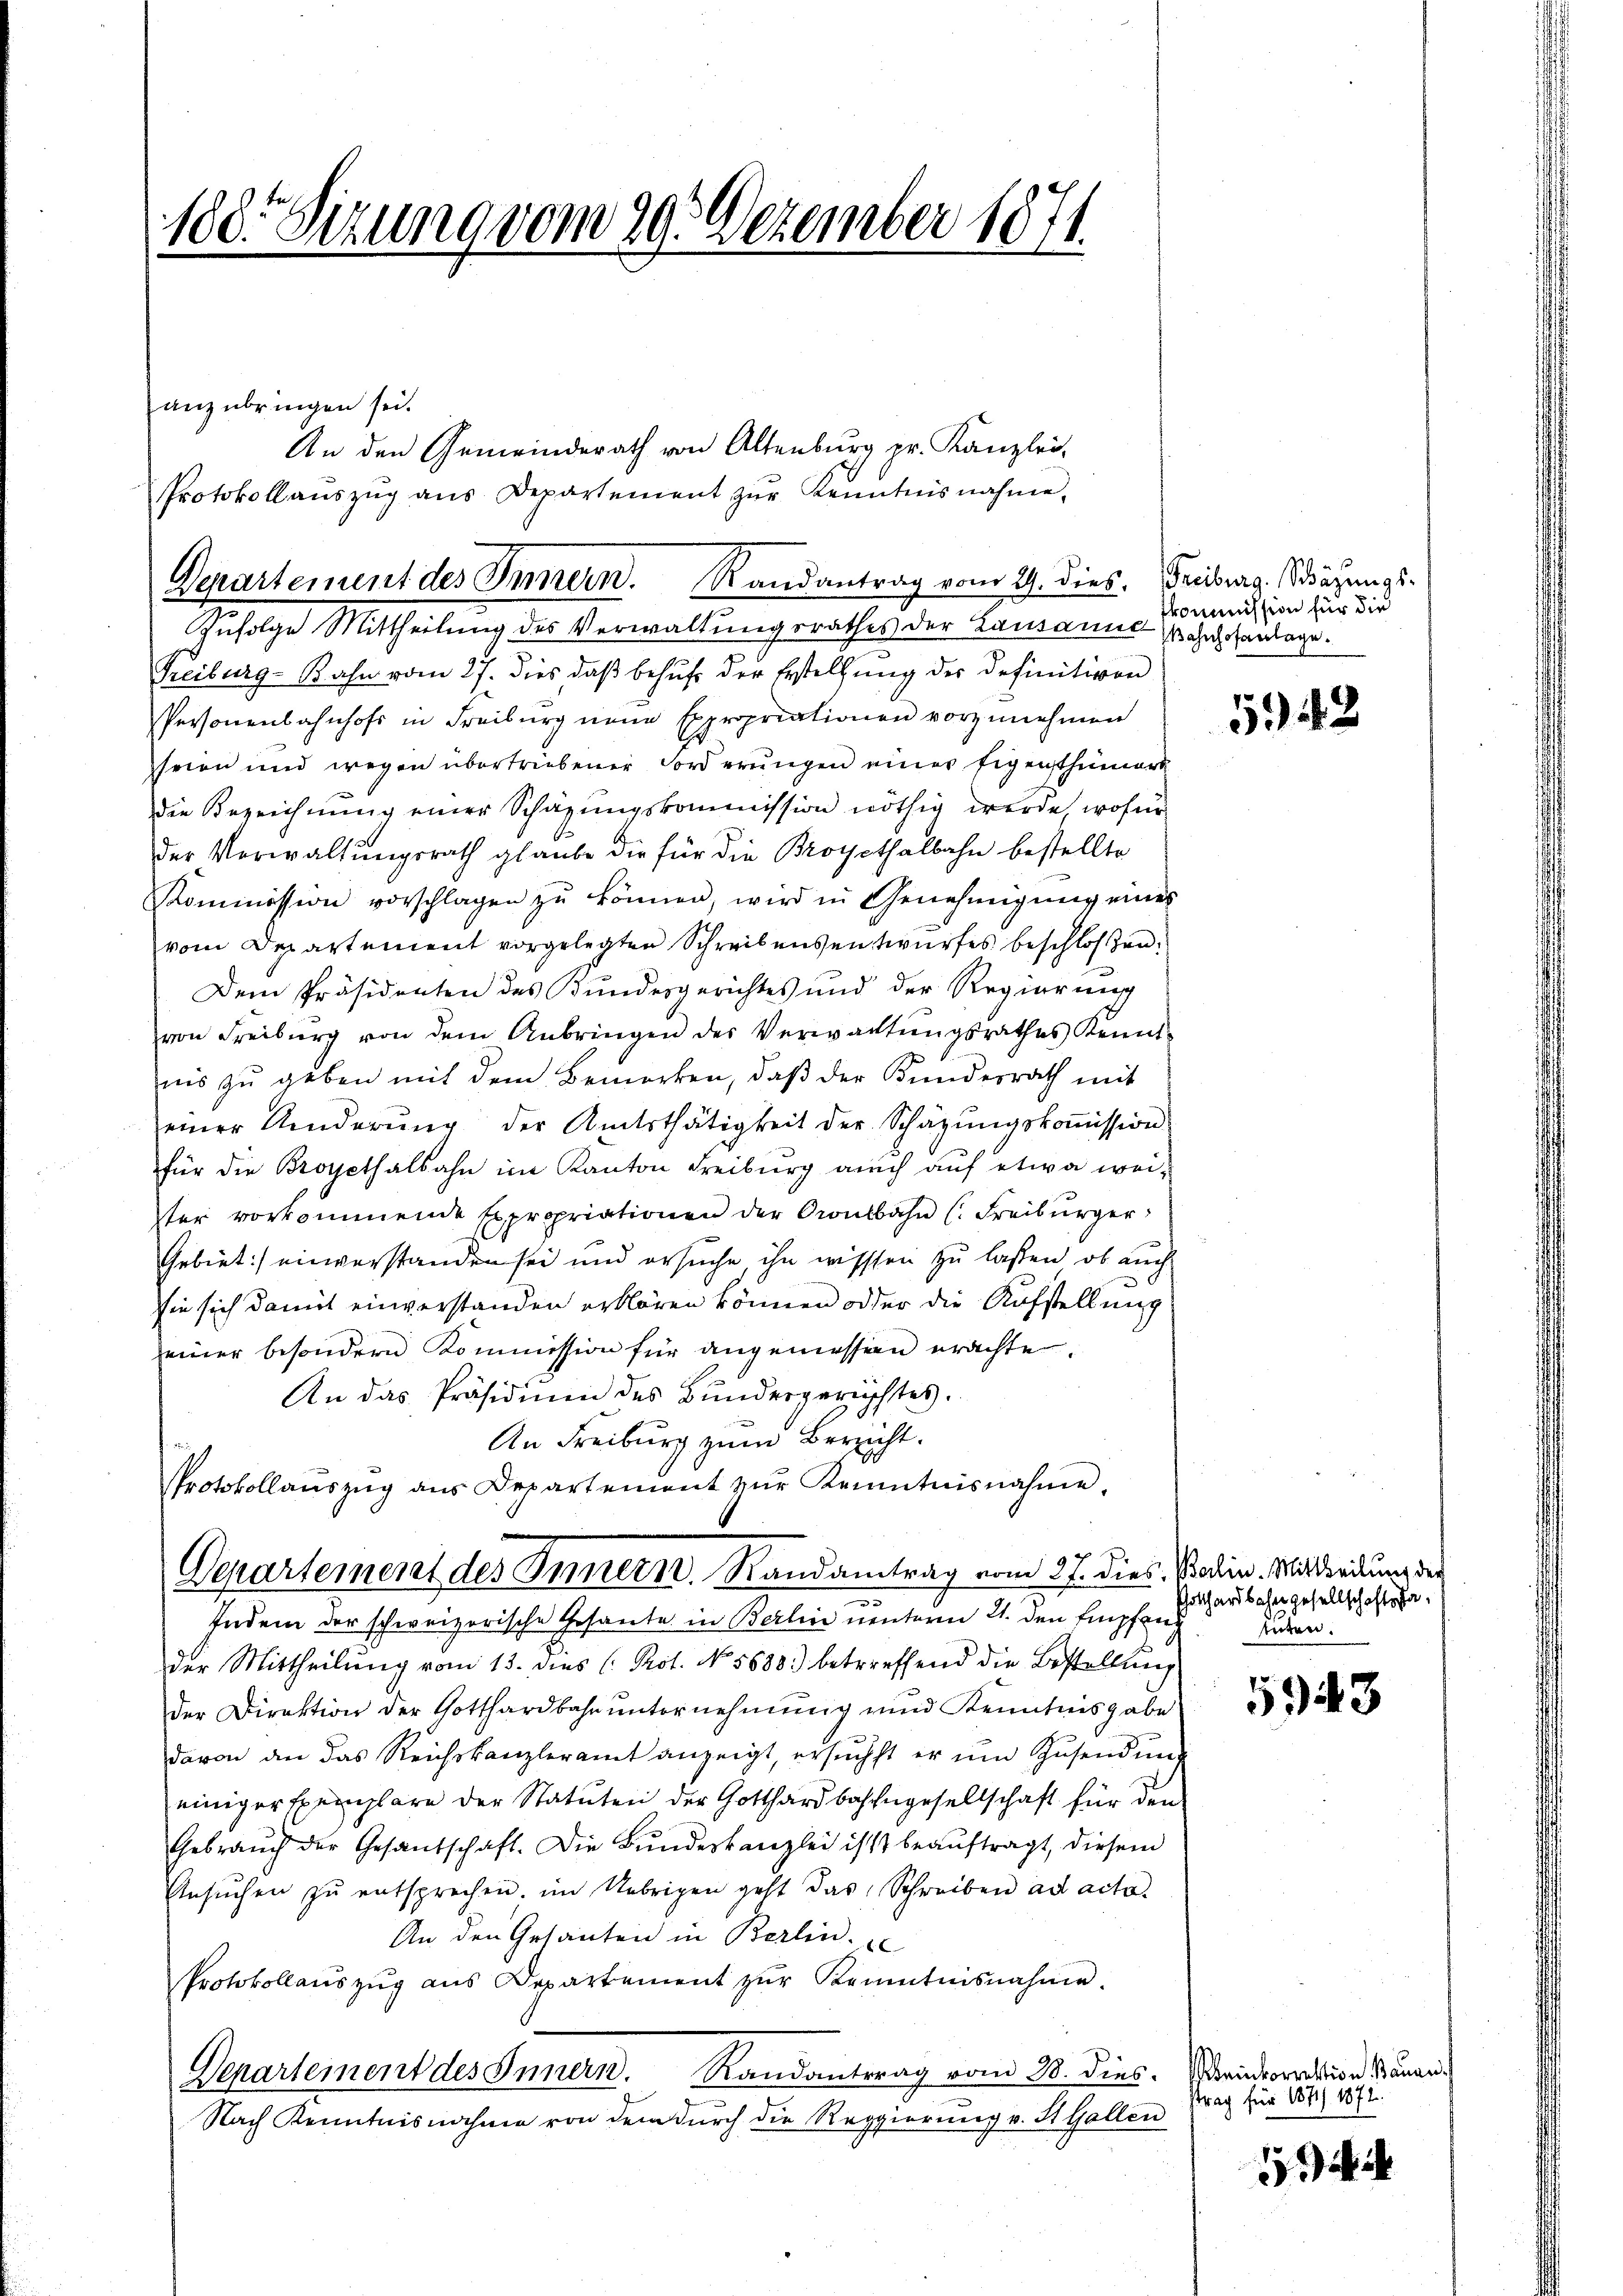
anzubringen sei.

188. Sizung vom 29. Dezember 1871.

Treiburg - Bahn vom 27. dies daß behufs der Erstellung der Definitiven
Personenbahnhofs in Freiburg neue Expropriationen vorzunehmen
heien und wegen übertriebener Forderungen einer Eigenthümers
die Bezeichnung einer Schazungskommission nöthig werde, wofür
der Verwaltungsrath glaube die für die Broyethalbahn bestellte
Kommission vorschlagen zŭ können, wird in Genehmigung eines
vom Departement vorgelegten Schreibensentwurfes beschlossen.
Dem Präsidenten des Bundesgerichtes und der Regierung
von Freiburg von dem Anbringen des Verwachtŭngsrathes Kennt-
nis zu geben mit dem Bemerken, daβ der Kundesrath mit
einer Anderŭng der Amtsthätigkeit der Schäzŭngskoṁission.
für die Broyethalbahn im Kanton Freiburg auch auf etwa weiter vorkommende Expropriationen der Coulbahn (Freiburger
Gebiet:/ einverstanden sei und ersuche, ihn wissen zu lassen, ob auch
sie sich damit einverstanden erklären können oder die Aufstellung
einer besondern Kommission für angemessen erachte.
An das Präsidium des Bundergerichtes.
An Freiburg zum Bericht.
t
Protokollauszug aus Departement zŭr Kenntnisnahme.
Departement des Innern. Randantrag vom 27. dies. Balin. Mitteilung der
Indem der schweizerische Gesante in Berlin unterm 21. den Empfang Juden
der Mittheilung vom 13. dies C. Pot. No 5688) betreffend die Bestellung
der Direktion der Gotthardbahn ŭnternehmung und Kenntnisgabe
davon an das Reichskanzleramt anzeigt, ersuchst er um Zusendung
einiger Exemplare der Statuten der Gotthardbahngesellschaft für den
Gebraŭch der Gesandschaft. Die Bŭndeskanzlei ist beaŭftragt, diesem
Ansŭchen zŭ entsprechen, im Uebrigen geht das Schreiben ad acta
An den Gesanten in Berlin.
Protokollaŭszŭg aŭs Departement zŭr Kenntnisnahme.
Departement des Innern. Randantrag vom 3. dies
Nach Kenntnisnahme von dem dŭrch die Regierŭng v. St. Gallen

Departement des Innern. Randantrag vom 2. dies, Deiburg Schätzungs¬
Zufolge Mittheilung des Verwaltungsrathes der Lausanne Kommission für die

An den Gemeinderath von Altenburg pr. Kanzlei,
Protokollaŭszŭg ans Departement zŭr Kenntnisnahme,

Bahnhofanlage.

5942

Gotthardbahngesellschaftsha

1943

einkorrektion stauen.
trag für 1871/ 1872.

1